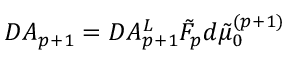
{ \cal D } A _ { p + 1 } = { \cal D } A _ { p + 1 } ^ { L } \tilde { { \cal F } } _ { p } d \tilde { \mu } _ { 0 } ^ { ( p + 1 ) }